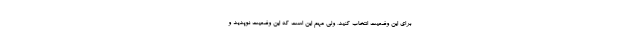
برای این وضعیت انتخاب کنید، ولی مهم این است که این وضعیت نوپدید و